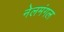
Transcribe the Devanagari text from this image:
नेलमंगल